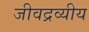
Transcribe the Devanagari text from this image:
जीवद्रव्यीय